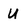
Character: U